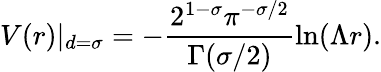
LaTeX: V(r)|_{d=\sigma}=-\frac{2^{1-\sigma}\pi^{-\sigma/2}}{\Gamma(\sigma/2)}\ln(\Lambda r).